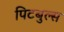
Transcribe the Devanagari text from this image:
पिटबुल्स